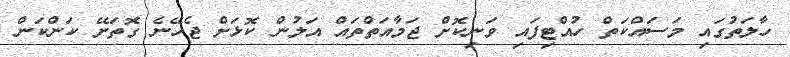
ހާލަތުގައި މަސައްކަތް ހުއްޓިފައި ވަނިކޮށް ޖަމާއަތްތައް އަލުން ކޮޅަށް ޖެހޭނެ ގޮތަށޭ ކަންކަން